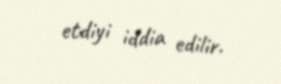
etdiyi iddia edilir.